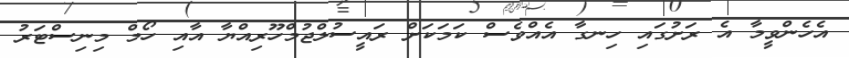
އެހެންވީމާ އެ ރަށުގައި ހިނގާ އެއްވެސް ކަމަކަށް ރައީސުލްޖުމްހޫރިއްޔާ އާއި ހޯމް މިނިސްޓަރު